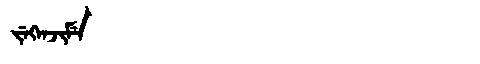
Manchu: ᠵᡝᡴᡝᠨᠵᡳᠮᡝ
Romanization: JEKENJIME